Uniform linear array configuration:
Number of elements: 24
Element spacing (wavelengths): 0.75
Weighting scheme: binomial
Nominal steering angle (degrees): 0
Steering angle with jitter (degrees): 1.28
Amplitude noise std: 0.05
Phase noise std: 0.05

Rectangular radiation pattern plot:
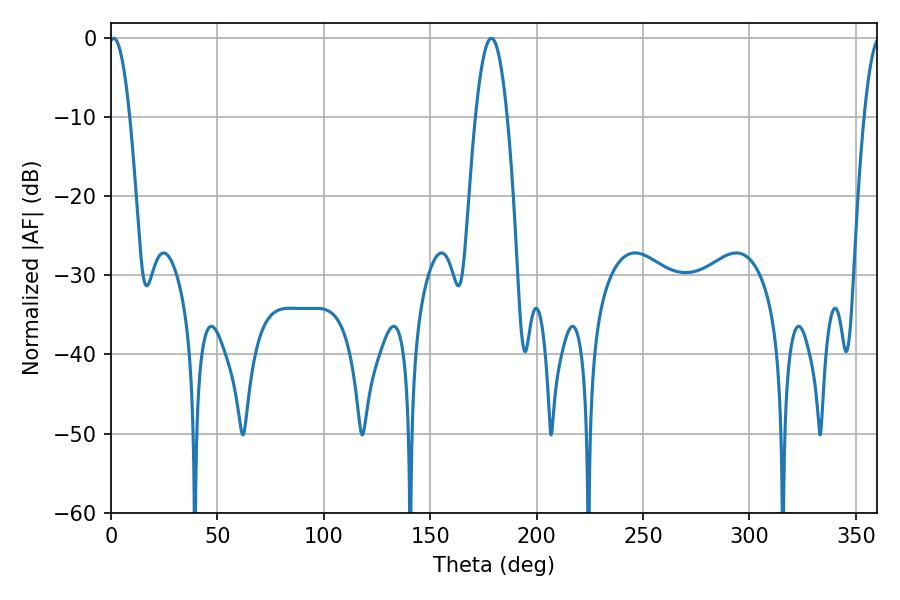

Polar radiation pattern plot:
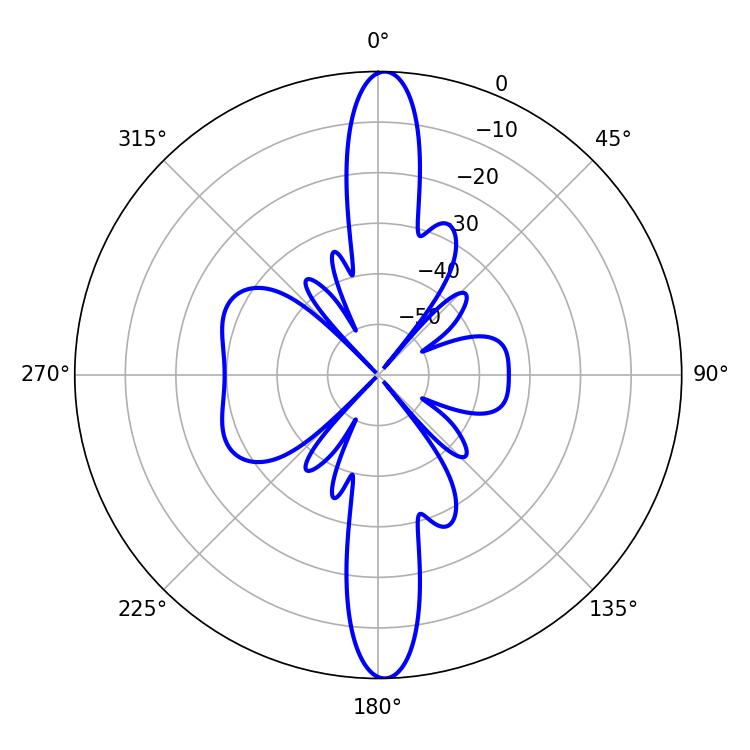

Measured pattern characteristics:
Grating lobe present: TRUE
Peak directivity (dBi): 25.396
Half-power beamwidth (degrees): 5.4
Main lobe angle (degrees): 1.26